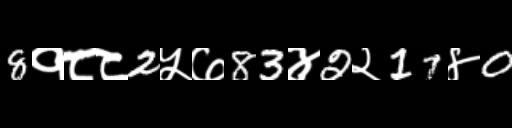
Text: 8१८८2५७83४2२17४0